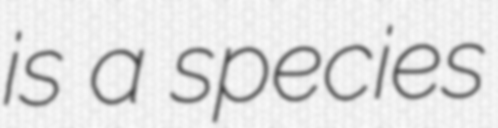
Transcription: is a species